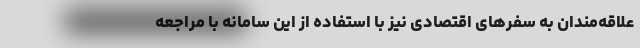
علاقه‌مندان به سفرهای اقتصادی نیز با استفاده از این سامانه با مراجعه